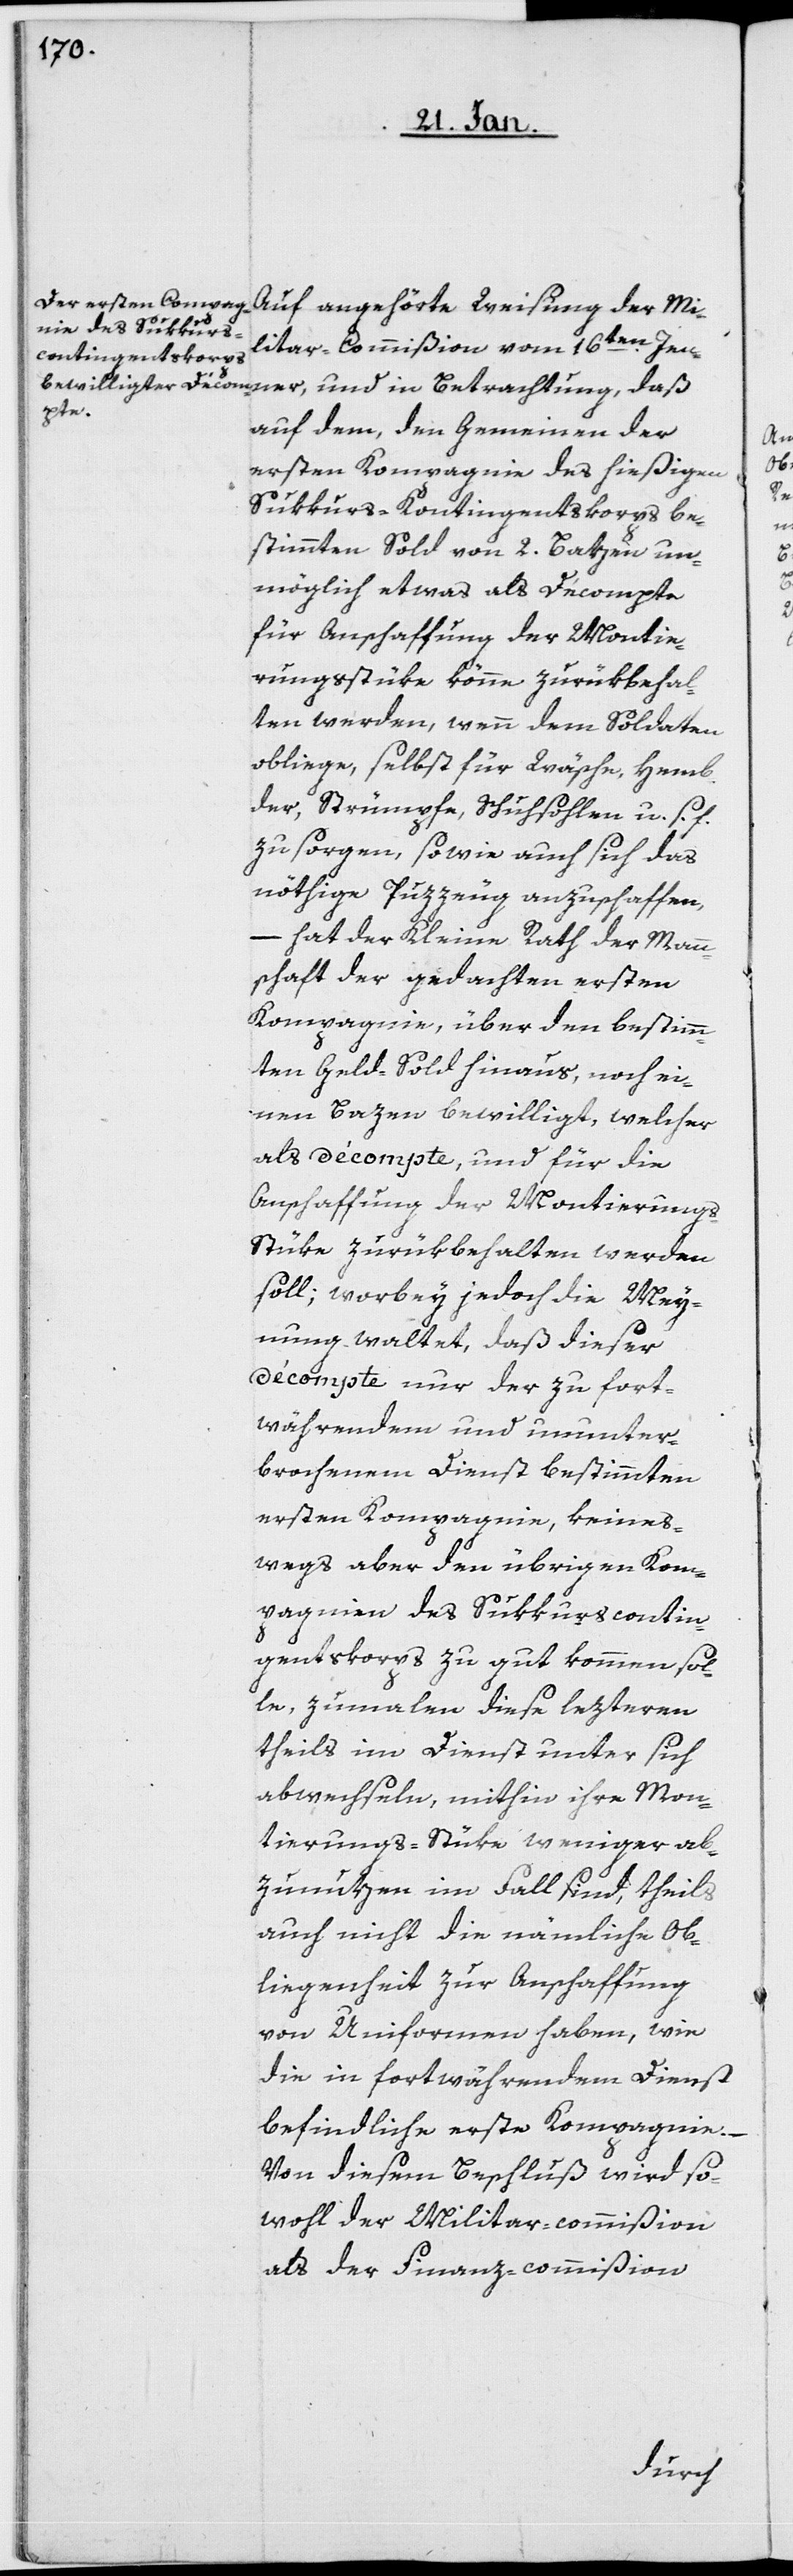
Auf angehörte Weisung der Mi¬
litar-Commißion vom 16ten. Jen¬
ner, und in Betrachtung, daß
auf dem, den Gemeinen der
ersten Kompagnie des hießigen
Sukkurs-Kontingentskorps be¬
stimmten Sold von 2. Batzen un¬
möglich etwas als Décompte
für Anschaffung der Montie¬
rungsstüke könne zurükbehal¬
ten werden, wenn dem Soldaten
obliege, selbst für Wäsche, Hemb¬
der, Strümpfe, Schuhsohlen u. s. f.
zu sorgen, sowie auch sich das
nöthige Puzzeug anzuschaffen,
– hat der Kleine Rath der Mann¬
schaft der gedachten ersten
Kompagnie, über den bestimm¬
ten Geld-Sold hinaus, noch ei¬
nen Bazen bewilligt, welcher
als Décompte, und für die
Anschaffung der Montierungs-S¬
tüke zurükbehalten werden
soll; worbey jedoch die Mey¬
nung waltet, daß dieser
Décompte nur der zu fort¬
währendem und ununter¬
brochenem Dienst bestimmten
ersten Kompagnie, keines¬
wegs aber den übrigen Kom¬
pagnien des Sukkurscontin¬
gentskorps zu gut kommen sol¬
le, zumalen diese lezteren
theils im Dienst unter sich
abwechseln, mithin ihre Mon¬
tierungs-Stücke weniger ab¬
zunuzen im Fall sind, theils
auch nicht die nämliche Ob¬
liegenheit zur Anschaffung
von Uniformen haben, wie
die in fortwährendem Dienst
befindliche erste Compagnie.
Von diesem Beschluß wird so¬
wohl der Militar-commißion
als der Finanz-commißion